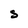
Character: S